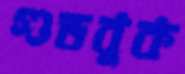
গুডবুক